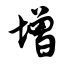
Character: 增